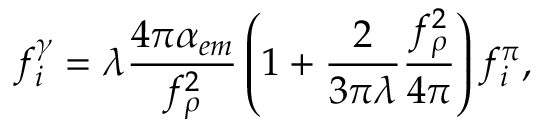
f _ { i } ^ { \gamma } = \lambda \frac { 4 \pi \alpha _ { e m } } { f _ { \rho } ^ { 2 } } \left( 1 + \frac { 2 } { 3 \pi \lambda } \frac { f _ { \rho } ^ { 2 } } { 4 \pi } \right) f _ { i } ^ { \pi } ,